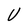
Character: V